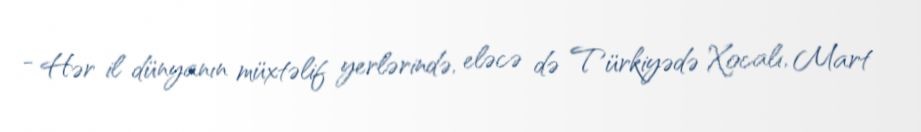
- Hər il dünyanın müxtəlif yerlərində, eləcə də Türkiyədə Xocalı, Mart